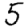
Digit: 5